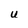
Character: U